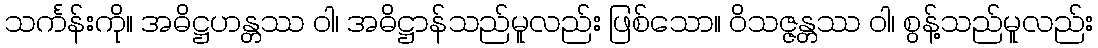
သင်္ကန်းကို။ အဓိဋ္ဌဟန္တဿ ဝါ၊ အဓိဋ္ဌာန်သည်မူလည်း ဖြစ်သော။ ဝိသဇ္ဇန္တဿ ဝါ၊ စွန့်သည်မူလည်း